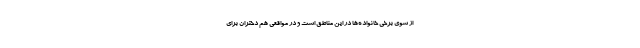
از سوی برخی خانواده‌ها در این مناطق است و در مواقعی هم دختران برای